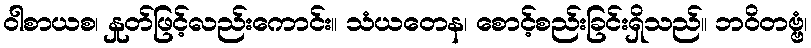
ဝါစာယစ၊ နှုတ်ဖြင့်လည်းကောင်း။ သံယတေန၊ စောင့်စည်းခြင်းရှိသည်။ ဘဝိတဗ္ဗံ၊